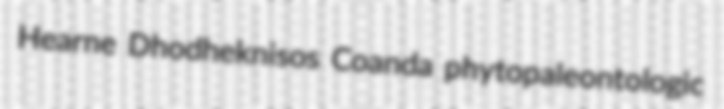
Hearne Dhodheknisos Coanda phytopaleontologic